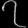
Digit: ၇